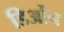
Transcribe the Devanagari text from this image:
डिओंन